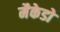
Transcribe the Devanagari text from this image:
मैकेडो